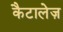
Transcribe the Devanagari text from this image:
कैटालेज़